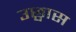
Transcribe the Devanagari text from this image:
उछ्वास